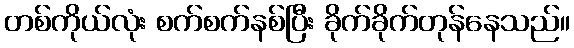
တစ်ကိုယ်လုံး စက်စက်နစ်ပြီး ခိုက်ခိုက်တုန်နေသည်။